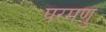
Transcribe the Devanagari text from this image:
परमणु